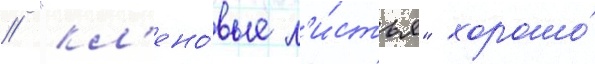
// "кл'ено́вые л'и́стья" хорошо́